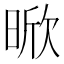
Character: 𭦡